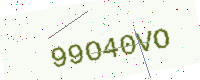
Text: 99O40VO